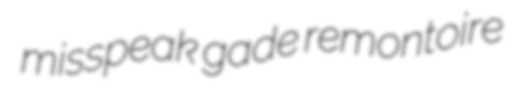
misspeak gade remontoire